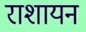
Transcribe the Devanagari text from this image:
राशायन